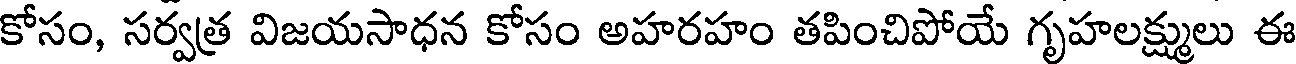
కోసం, సర్వత్ర విజయసాధన కోసం అహరహం తపించిపోయే గృహలక్ష్ములు ఈ